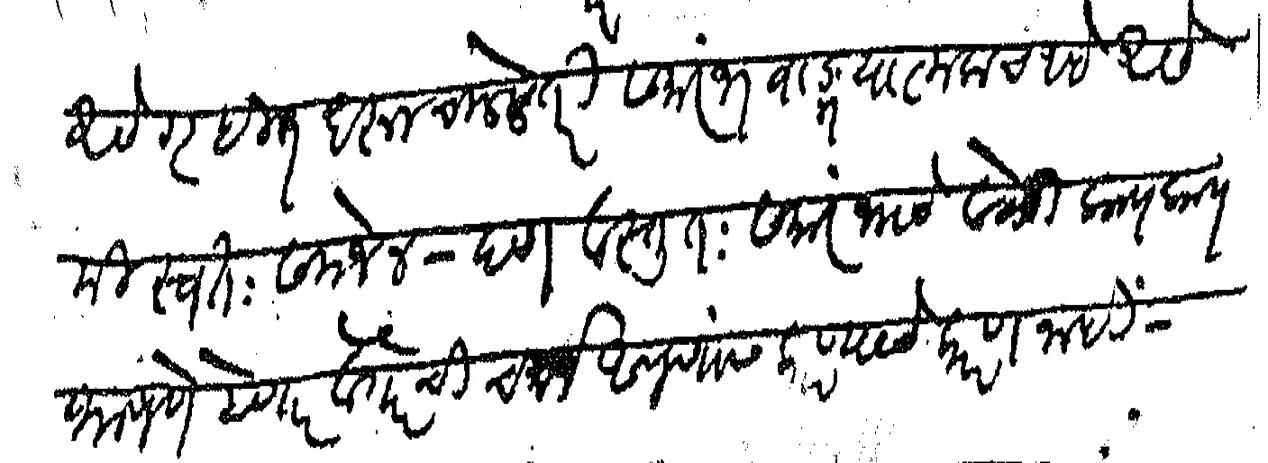
Transliteration (Devanagari): असे गृहीत धरून चालले तरी समारंभ बाङमयात्मकच आहे असे मी स्वत समजेन पण वस्तुत समारंभाचे वेळी काय काय भाषणे होणार वगैरेची चर्चा आपणास करण्याचे कारण नाही